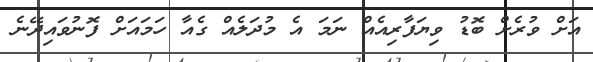
އަށް ވުރެށް ބޮޑު ވިޔަފާރިއެއް ނަމަ އެ މުދަލެއް ގެއާ ހަމައަށް ފޮނުވައިދޭނެ